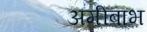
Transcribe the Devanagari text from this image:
अमीबाभ